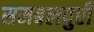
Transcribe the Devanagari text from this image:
समबलपुरी